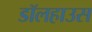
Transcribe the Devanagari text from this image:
डॉलहाउस